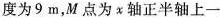
度为9m，M点为χ轴正半轴上一